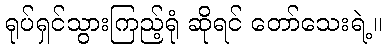
ရုပ်ရှင်သွားကြည့်ရုံ ဆိုရင် တော်သေးရဲ့။